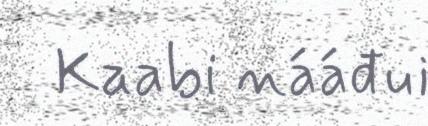
Kaabi nááđui